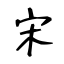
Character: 宋